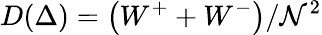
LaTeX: D(\Delta)=\left(W^{+}+W^{-}\right)/\mathcal{N}^{2}